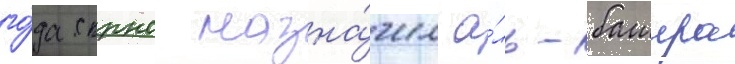
го́да скрнс назна́чил а́ль-башира